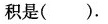
积是（ ）.